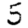
Digit: 5